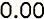
0.00